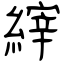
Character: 縡